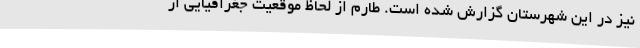
نیز در این شهرستان گزارش شده است. طارم از لحاظ موقعیت جغرافیایی از